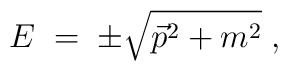
E \;=\; \pm \sqrt{ \vec{p}^2 + m^2 }\;,